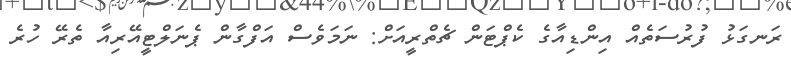
ރަނގަޅު ފުރުސަތެއް އިންޑިއާގެ ކެޕްޓަން ޗެތްރީއަށް: ނަމަވެސް އަފްގާން ޕެނަލްޓީއޭރިއާ ތެރޭ ހުރެ